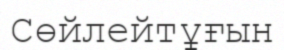
Сөйлейтұғын